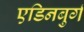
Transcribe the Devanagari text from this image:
एडिनबुर्ग